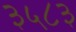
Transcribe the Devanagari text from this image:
३५८३